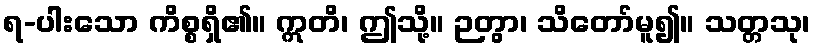
ရ-ပါးသော ကိစ္စရှိ၏။ ဣတိ၊ ဤသို့။ ဉတွာ၊ သိတော်မူ၍။ သတ္တသု၊